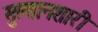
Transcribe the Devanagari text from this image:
सुल्तानशारी